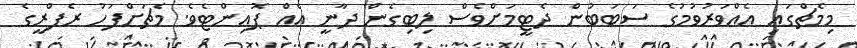
މިމެޗްގައި އެއްވަރުވުމުގެ ސަބަބުން ދެޓީމަށްވެސް ލިބިގެން ދާނީ އެއް ޕޮއިންޓެވެ. މެޗަށްފަހު ރެފްރީގެ